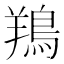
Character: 鴹